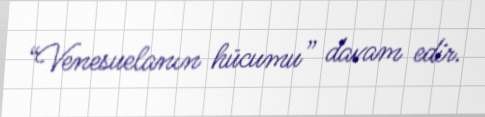
“Venesuelanın hücumu” davam edir.